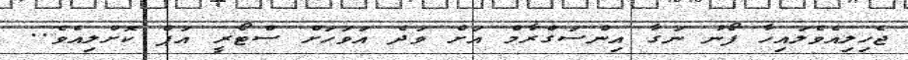
ޖެހިލިއެވެލައިހާ ފޯނު ނަަގާ އިންސަގްރާމް އަށް ވަދެ އަވަހަށް ސްޓޯރީ އަޕް ކޮށްލިއެވެ..